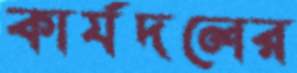
কার্যদলের